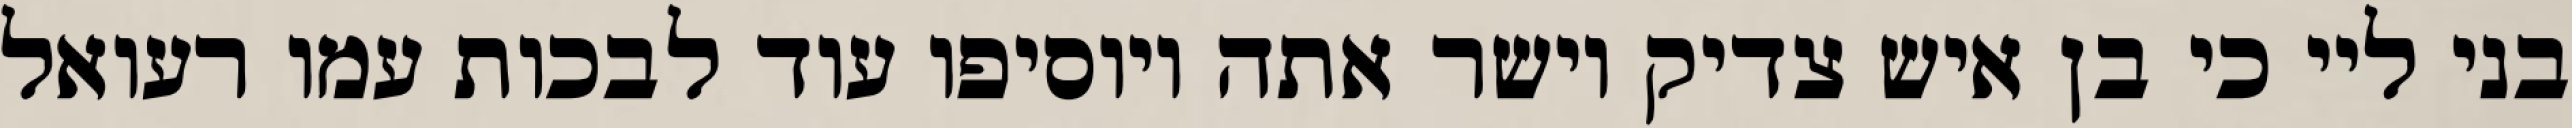
בני ליי כי בן איש צדיק וישר אתה ויוסיפו עוד לבכות עמו רעואל